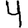
Digit: 4